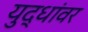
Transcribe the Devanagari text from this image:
युद्धांवर